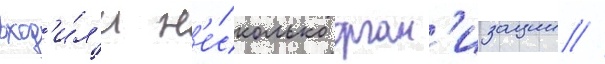
вход'и́л'и н'е́сколько орган'изации //